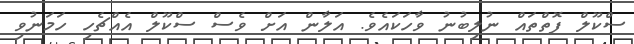
ސްކޫލް ފޮތްތައް ނުލިބުނު ވާހަކައެވެ. އަލާން އަށް ވެސް ސްކޫލް އެއްޗެހި ހަމަނުވި